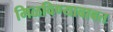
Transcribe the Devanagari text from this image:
मिळविण्याबाबत